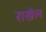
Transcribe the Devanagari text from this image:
राखेल